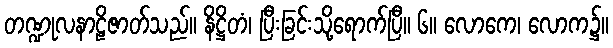
တဏ္ဍုလနာဠိဇာတ်သည်။ နိဋ္ဌိတံ၊ ပြီးခြင်းသို့ရောက်ပြီ။ ၆။ လောကေ၊ လောက၌။